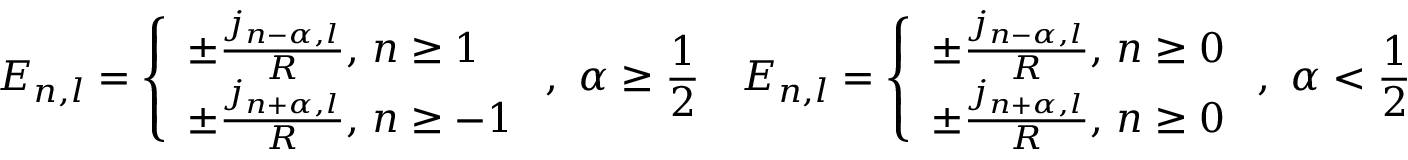
E _ { n , l } = \left\{ \begin{array} { l } { { \pm \frac { j _ { n - \alpha , l } } { R } , \, n \geq 1 } } \\ { { \pm \frac { j _ { n + \alpha , l } } { R } , \, n \geq - 1 } } \end{array} \right. , \, \, \alpha \geq \frac { 1 } { 2 } \quad E _ { n , l } = \left\{ \begin{array} { l } { { \pm \frac { j _ { n - \alpha , l } } { R } , \, n \geq 0 } } \\ { { \pm \frac { j _ { n + \alpha , l } } { R } , \, n \geq 0 } } \end{array} \right. , \, \, \alpha < \frac { 1 } { 2 }